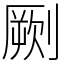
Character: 劂